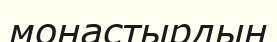
монастырдың